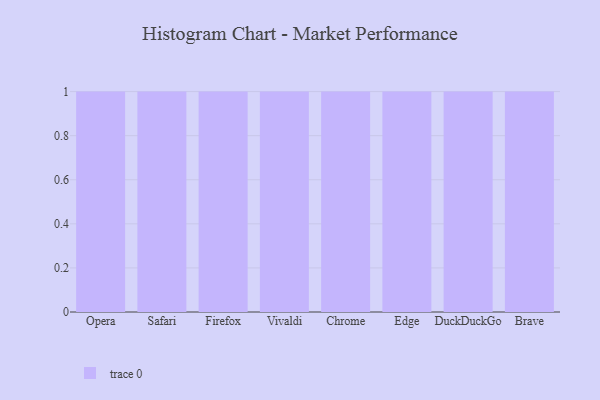
{"axis": {"x": "Browser", "y": "LTV (USD)"}, "legend": [""], "data": [{"x": "Opera", "y": 36, "type": ""}, {"x": "Safari", "y": 26, "type": ""}, {"x": "Firefox", "y": 85, "type": ""}, {"x": "Vivaldi", "y": 85, "type": ""}, {"x": "Chrome", "y": 16, "type": ""}, {"x": "Edge", "y": 21, "type": ""}, {"x": "DuckDuckGo", "y": 63, "type": ""}, {"x": "Brave", "y": 73, "type": ""}]}